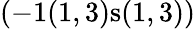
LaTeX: (-1(1,3)\textrm{s}(1,3))